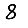
Digit: 8